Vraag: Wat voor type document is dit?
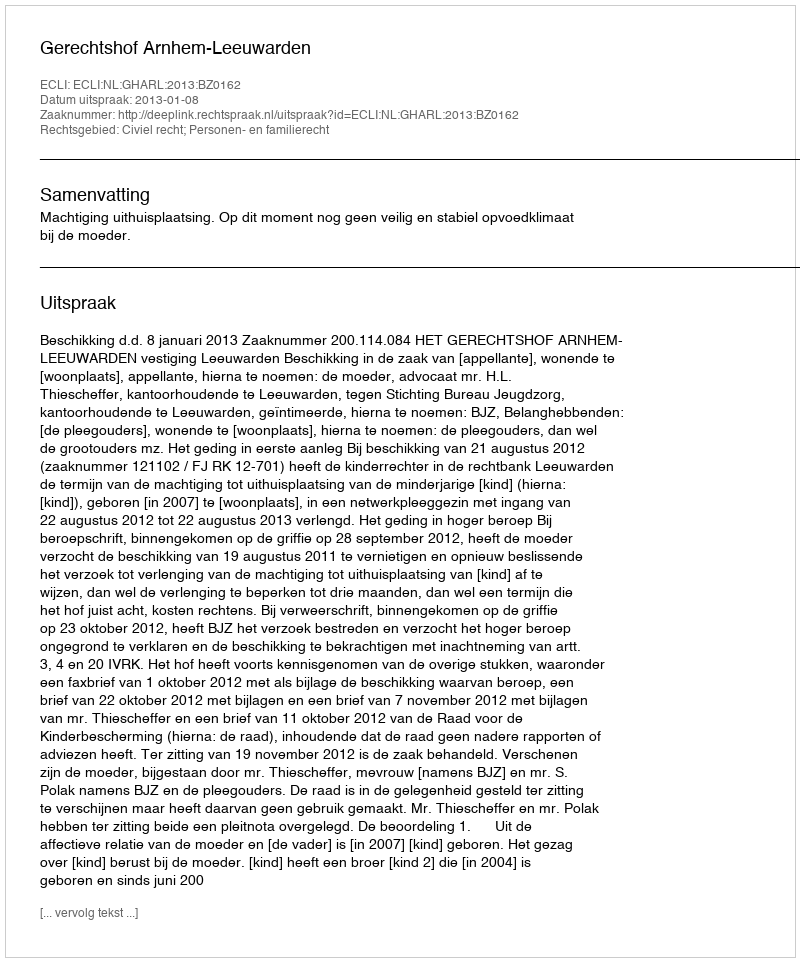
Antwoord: Uitspraak